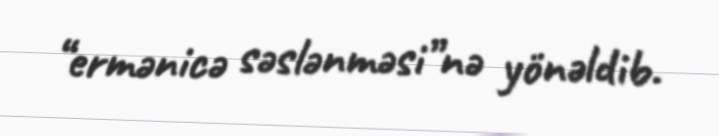
“ermənicə səslənməsi”nə yönəldib.